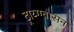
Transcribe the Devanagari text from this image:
ट्राय्ग्ग्वासन